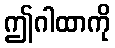
ဤဂါထာကို